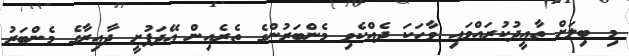
މި ބިލަށް ތާއީދުކުރައްވައި ވާހަކަ ދެއްކެވި މެންބަރުންގެ ތެރެއިން އޭދަފުށީ ދާއިރާގެ މެންބަރު